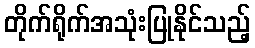
တိုက်ရိုက်အသုံးပြုနိုင်သည့်